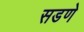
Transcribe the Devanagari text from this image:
सडणे